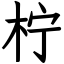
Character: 柠